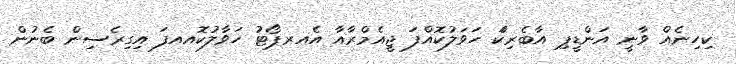
ކިހިނެއް ވާނީ އަންޑީޕި އާބެރިކަް ހަވަލުކޮއްފަ ޖީއެމްރާއާ އެއރޕޯޓު ހަވާލުކޮއއފަ އިގިރެސިން ބެނުން